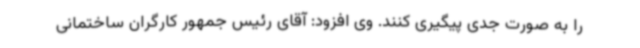
را به صورت جدی پیگیری کنند. وی افزود: آقای رئیس جمهور کارگران ساختمانی